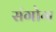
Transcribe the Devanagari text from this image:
संगोग